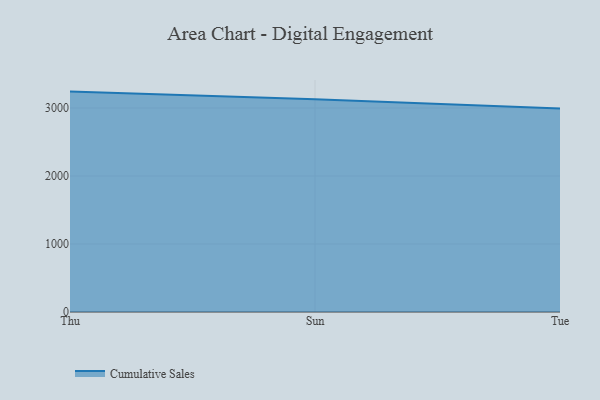
{"axis": {"x": "Day", "y": "Budget (USD K)"}, "legend": ["Cumulative Sales"], "data": [{"x": "Thu", "y": 3240.7, "type": "Cumulative Sales"}, {"x": "Sun", "y": 3129.2, "type": "Cumulative Sales"}, {"x": "Tue", "y": 2993.4, "type": "Cumulative Sales"}]}